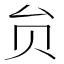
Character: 贠